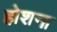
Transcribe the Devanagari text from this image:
होशना